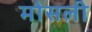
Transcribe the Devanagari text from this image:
मोसली